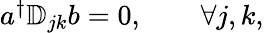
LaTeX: \begin{array}{r}{a^{\dagger}\mathbb{D}_{jk}b=0,\qquad\forall j,k,}\end{array}